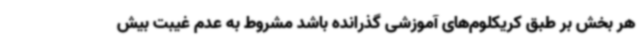
هر بخش بر طبق کریکلوم‌های آموزشی گذرانده باشد مشروط به عدم غیبت بیش